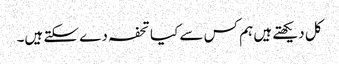
کل دیکھتے ہیں ہم کس سے کیا تحفہ دے سکتے ہیں۔